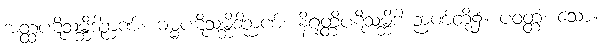
အတ္ထပဋိသမ္ဘိဒါဉာဏ်။ ဓမ္မပဋိသမ္ဘိဒါဉာဏ်။ နိရုတ္တိပဋိသမ္ဘိဒါ ဉာဏ်တို့၌။ ပဝတ္တံ၊ သော။